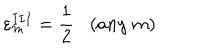
{ \varepsilon } _ { m } ^ { I I I } = \frac { 1 } { 2 } ( a n y \; m )